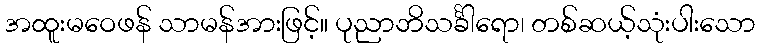
အထူးမဝေဖန် သာမန်အားဖြင့်။ ပုညာဘိသင်္ခါရော၊ တစ်ဆယ့်သုံးပါးသော